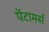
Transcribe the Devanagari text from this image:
पेंटामर्स